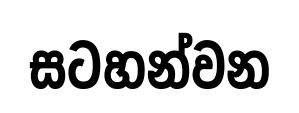
සටහන්වන